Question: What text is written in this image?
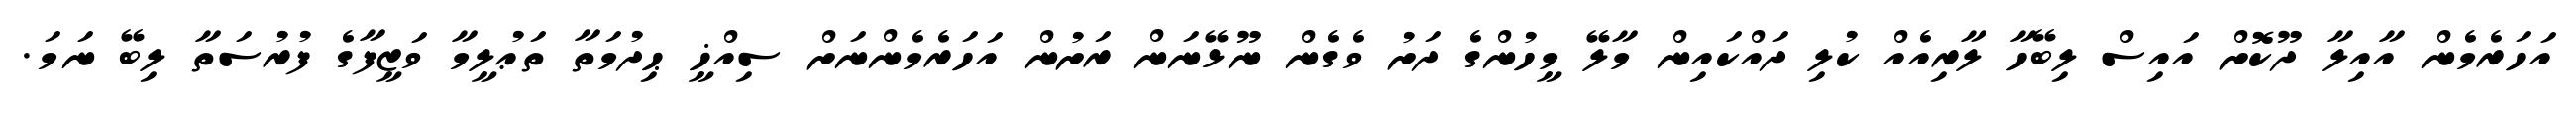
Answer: އަހަރެމެން އާއިލާ ދޫކޮށް އައިސް ލިބޭހާ ލާރިއެއް ކުލި ދައްކައިން މާލޭ މީހުންގެ ދަށު ވެގެން ނޫޅޭނަން ރަށުން އަހަރެމެންނަށް ސިއްޚީ ޙިދުމަތާ ތަޢުލީމާ ވަޒީފާގެ ފުރުސަތާ ލިބޭ ނަމަ.